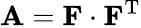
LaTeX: \mathbf{A}=\mathbf{F}\cdot\mathbf{F}^{\mathrm{T}}